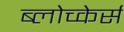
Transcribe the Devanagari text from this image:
ब्लोच्केर्स